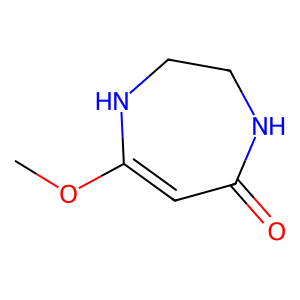
SMILES: COC1=CC(=O)NCCN1
Inhibits HIV replication: No